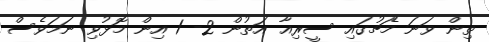
ތިން ވަނަ މެޗުގައި ސީރިއާ އަތުން 2- 1 އިން މޮޅުވި ނަމަވެސް